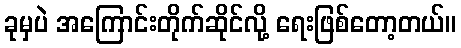
ခုမှပဲ အကြောင်းတိုက်ဆိုင်လို့ ရေးဖြစ်တော့တယ်။